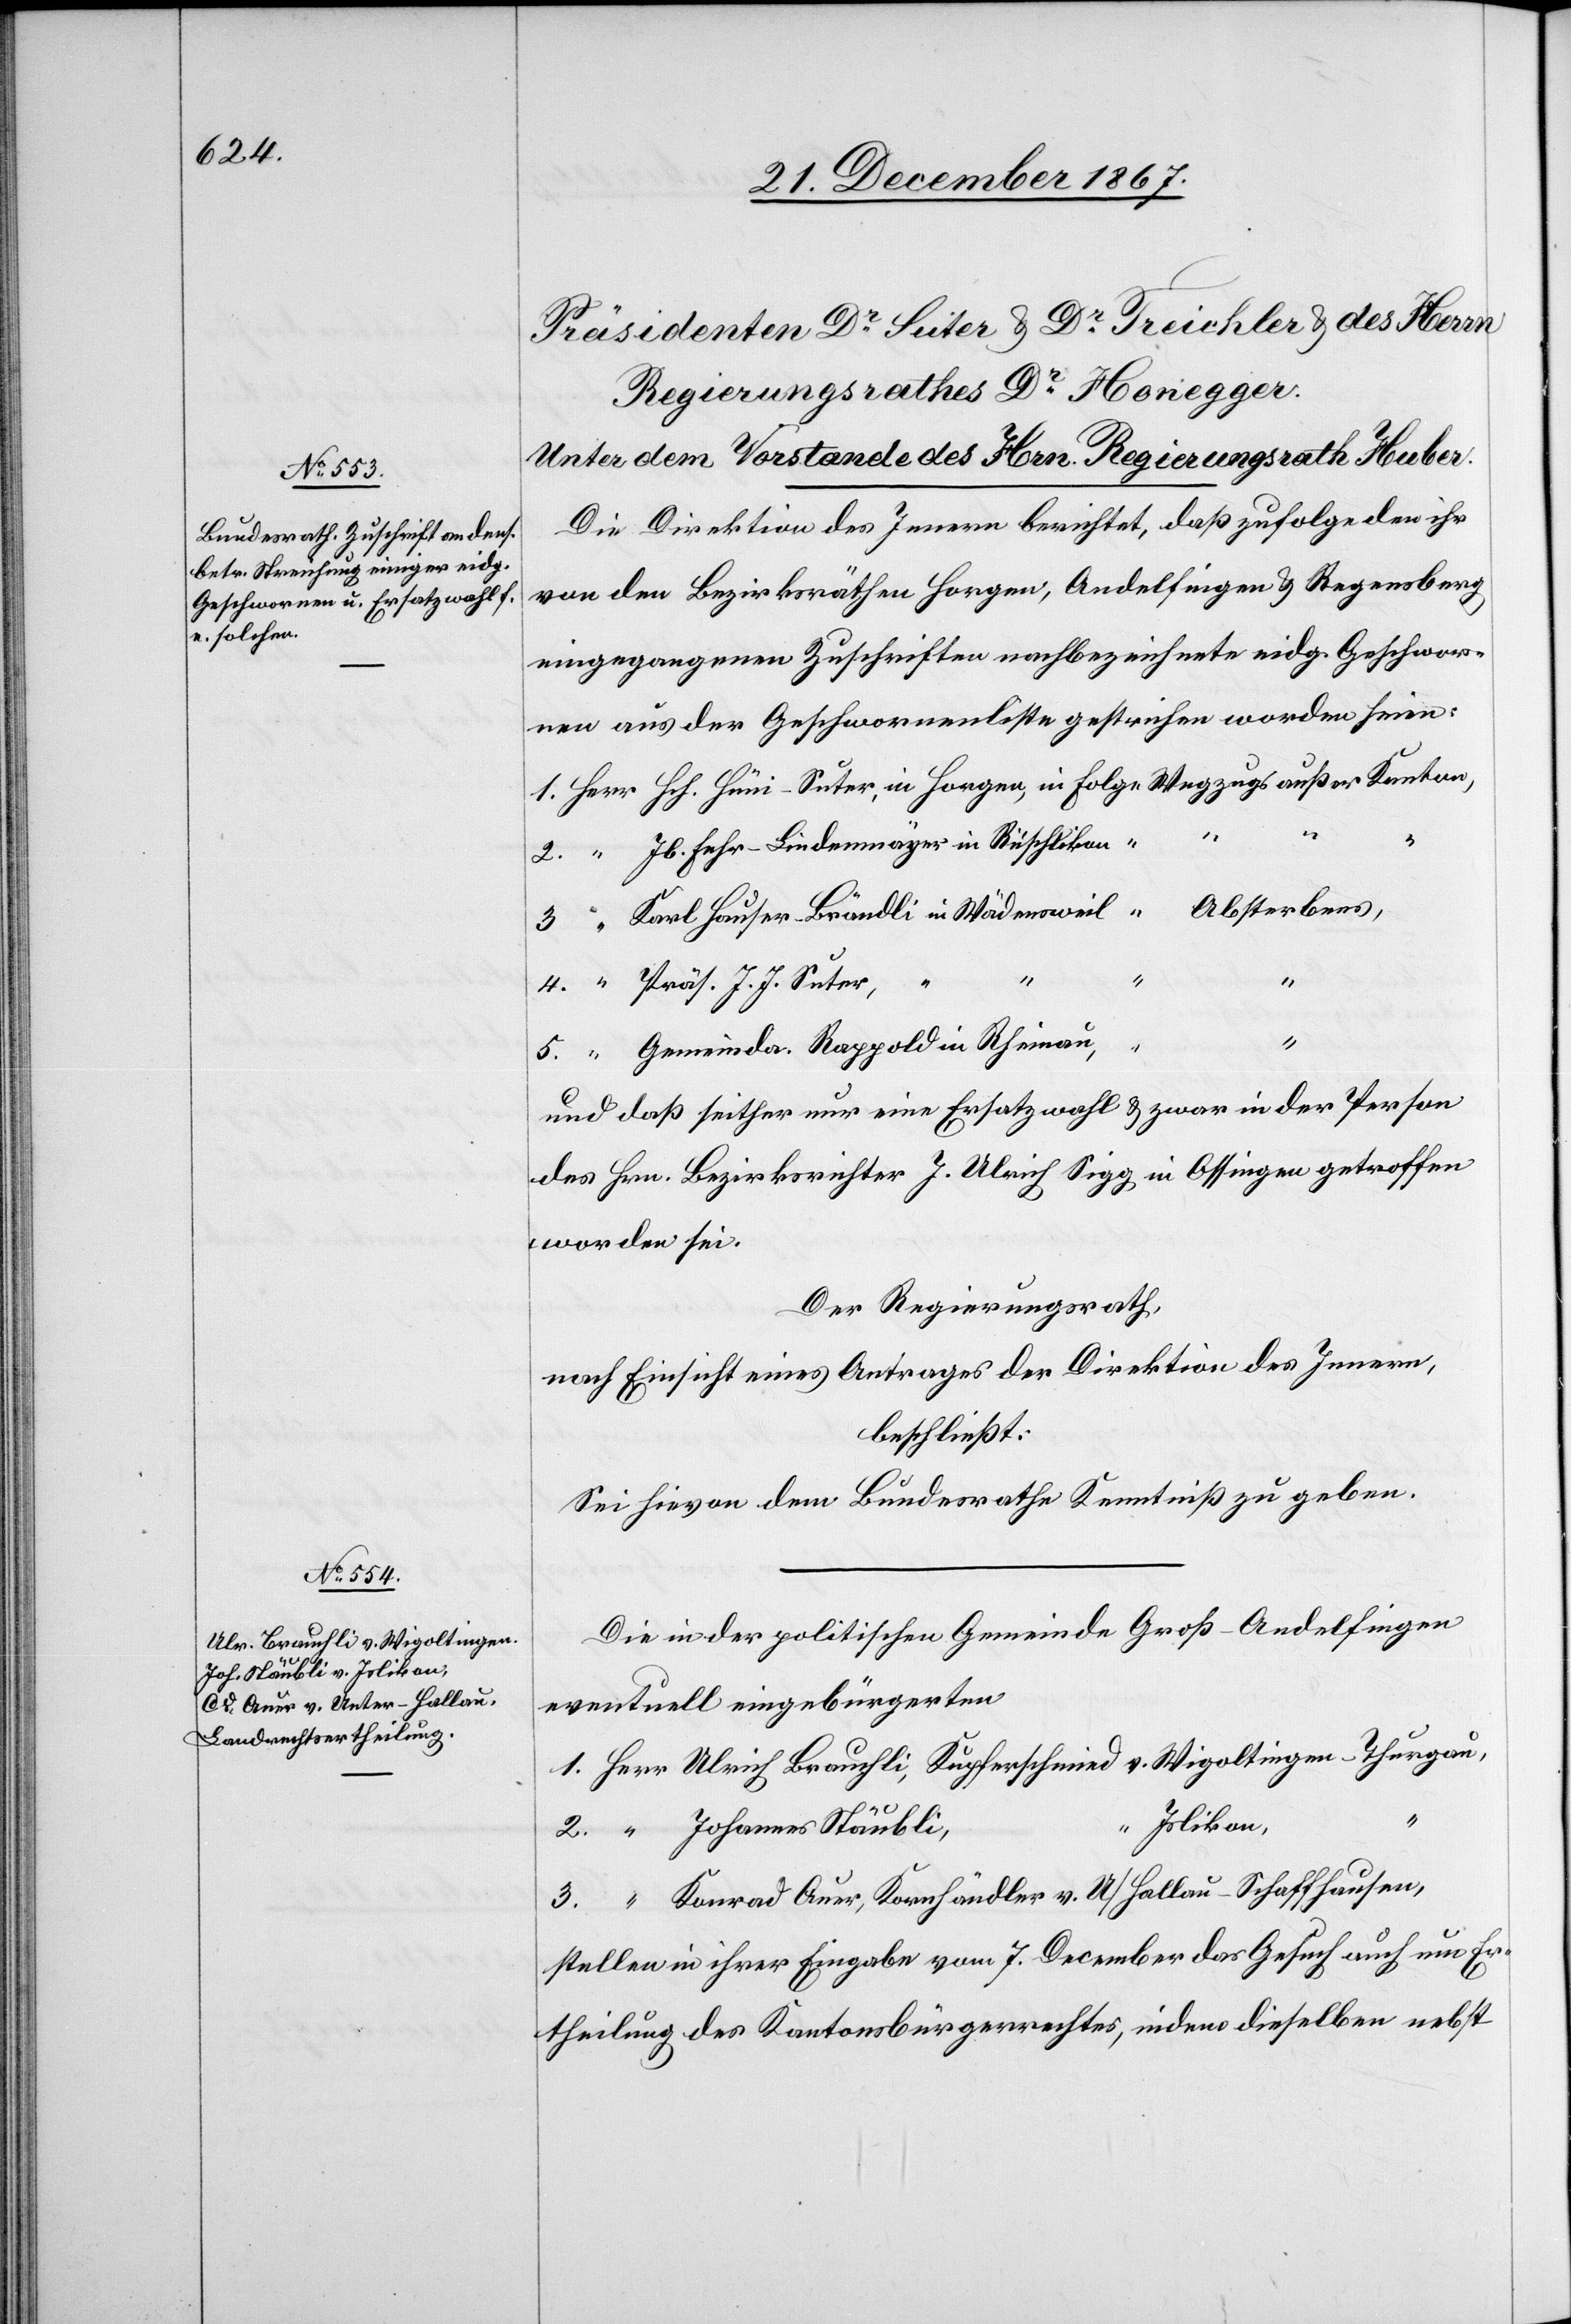
Die Direktion des Innern berichtet, daß zufolge den ihr
von den Bezirksräthen Horgen, Andelfingen u. Regensberg
eingegangenen Zuschriften nachbezeichnete eidg. Geschwor¬
nen aus der Geschwornenliste gestrichen worden seien:
1.
Jb. Fehr-Lindenmeyer in Rüchlikon
Präs. J. J. Suter,
“
3.
Gemeinda. Rappold in Rheinau,
und daß seither nur eine Ersatzwahl u. zwar in der Person
des Hrn. Bezirksrichter J. Ulrich Sigg, in Ossingen getroffen
worden sei.
Der Regierungsrath,
nach Einsicht eines Antrages der Direktion des Innern,
beschließt:
Sei hievon dem Bundesrathe Kenntniß zu geben.
Die in der politischen Gemeinde Groß-Andelfingen
eventuell eingebürgerten
v.
2.
Islikon,
Konrad Auer, Kornhändler v. U/Hallau - Schaffhausen
stellen in ihrer Eingabe vom 7. December das Gesuch auch um Er¬
theilung des Kantonsbürgerrechtes, indem dieselben nebst